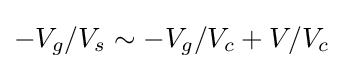
-V_{g}/V_{s}\sim -V_{g}/V_{c}+V/V_{c}